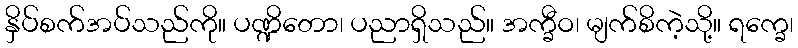
နှိပ်စက်အပ်သည်ကို။ ပဏ္ဍိတော၊ ပညာရှိသည်။ အက္ခီဝ၊ မျက်စိကဲ့သို့။ ရက္ခေ၊